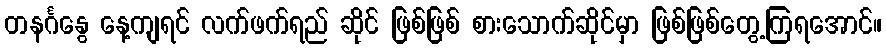
တနင်္ဂနွေ နေ့ကျရင် လက်ဖက်ရည် ဆိုင် ဖြစ်ဖြစ် စားသောက်ဆိုင်မှာ ဖြစ်ဖြစ်တွေ့ကြရအောင်။